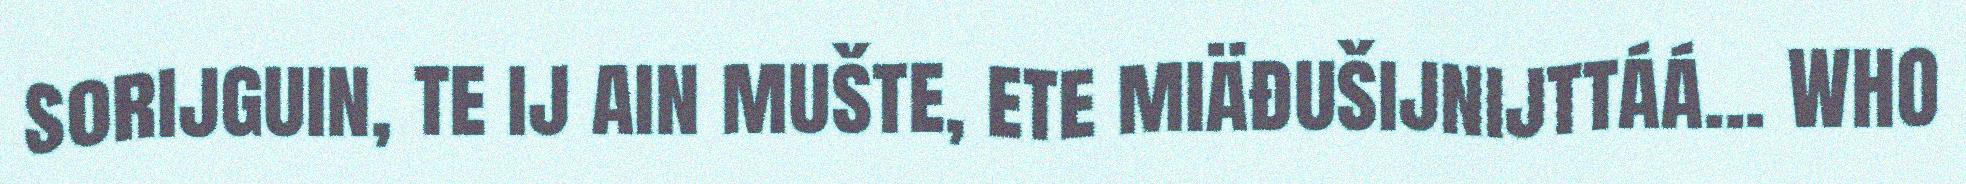
sorijguin, te ij ain mušte, ete miäđušijnijttáá... WHO